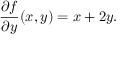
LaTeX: { \frac { \partial f } { \partial y } } ( x , y ) = x + 2 y .